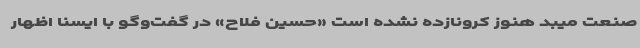
صنعت میبد هنوز کرونازده نشده است «حسین فلاح» در گفت‌وگو با ایسنا اظهار